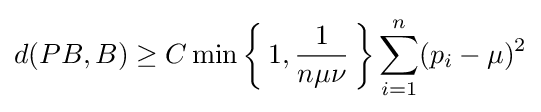
d(PB,B)\geq C\min \left\{\,1,{\frac {1}{n\mu \nu }}\,\right\}\sum _{i=1}^{n}(p_{i}-\mu )^{2}